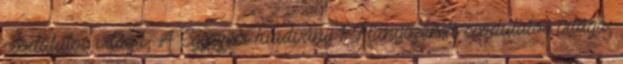
csodálatos világa, A Egyszeri kiadvány 1 Hangszerek csodálatos világa,